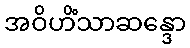
အဝိဟိံသာဆန္ဒော